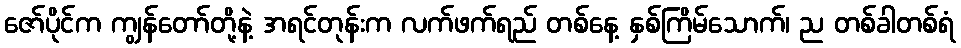
ဇော်ပိုင်က ကျွန်တော်တို့နဲ့ အရင်တုန်းက လက်ဖက်ရည် တစ်နေ့ နှစ်ကြိမ်သောက်၊ ည တစ်ခါတစ်ရံ